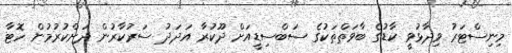
މިިނިސްޓަރު ވިދާޅުވީ ކާޑުގެ ބާވަތްތަކުގެ ސަބްސިޑީއަށް ދޫކުރާ އަދަދު ސަރުކާރުން ދަށްކުރުމުން ހޮޓާ